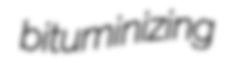
bituminizing